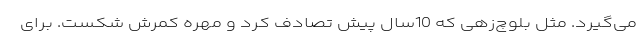
می‌گیرد. مثل بلوچ‌زهی که 10سال پیش تصادف کرد و مهره کمرش شکست. برای